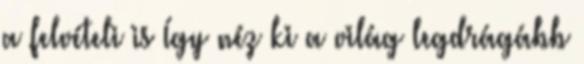
a felvételi is Így néz ki a világ legdrágább